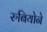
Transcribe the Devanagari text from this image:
रुबियोने